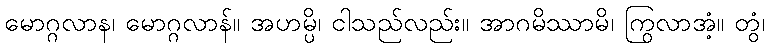
မောဂ္ဂလာန၊ မောဂ္ဂလာန်။ အဟမ္ပိ၊ ငါသည်လည်း။ အာဂမိဿာမိ၊ ကြွလာအံ့။ တွံ၊